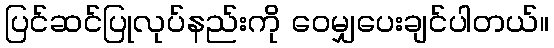
ပြင်ဆင်ပြုလုပ်နည်းကို ဝေမျှပေးချင်ပါတယ်။